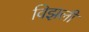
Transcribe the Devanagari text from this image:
विझली